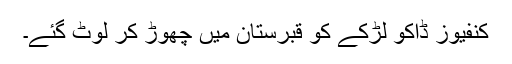
کنفیوز ڈاکو لڑکے کو قبرستان میں چھوڑ کر لوٹ گئے۔